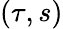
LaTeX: \left(\tau,s\right)